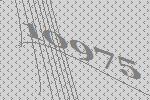
10975